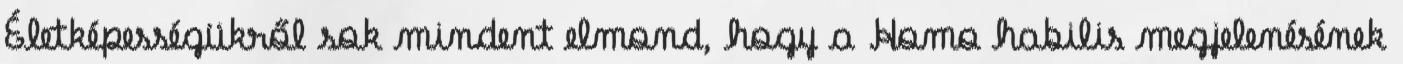
Életképességükről sok mindent elmond, hogy a Homo habilis megjelenésének